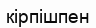
кірпішпен